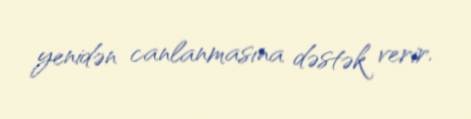
yenidən canlanmasına dəstək verir.